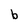
Character: b